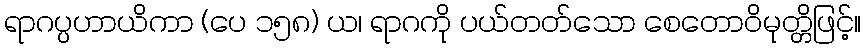
ရာဂပ္ပဟာယိကာ (ပေ ၁၅၈) ယ၊ ရာဂကို ပယ်တတ်သော စေတောဝိမုတ္တိဖြင့်။